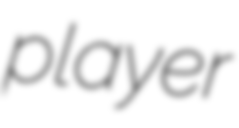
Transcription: player